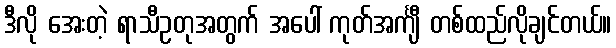
ဒီလို အေးတဲ့ ရာသီဥတုအတွက် အပေါ် ကုတ်အင်္ကျီ တစ်ထည်လိုချင်တယ်။